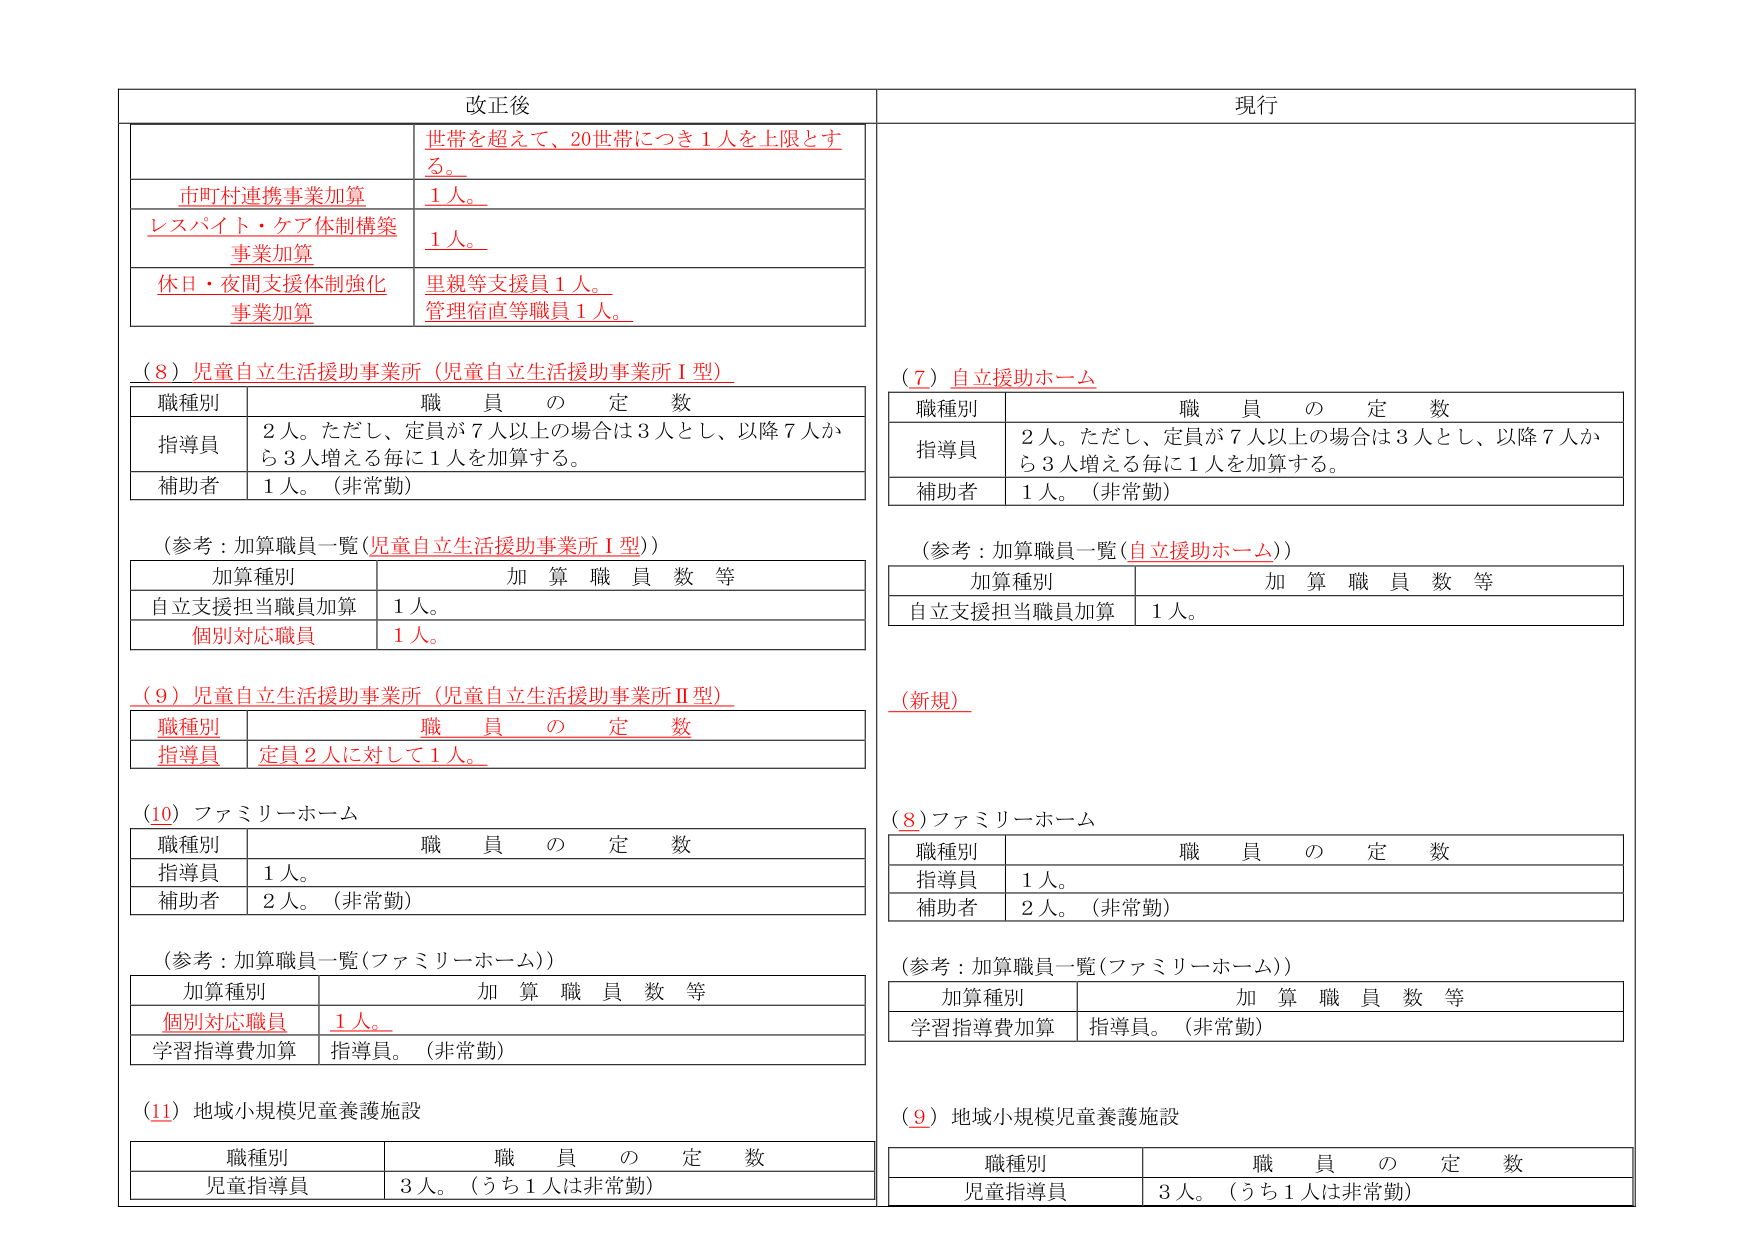
改正後
世帯を超えて、20世帯につき1人を上限とする。
市町村連携事業加算
1人。
レスパイト・ケア体制構築
事業加算
1人。
休日・夜間支援体制強化
事業加算
里親等支援員1人。
管理宿直等職員1人。
（8）児童自立生活援助事業所（児童自立生活援助事業所Ⅰ型）
職種別 職員の定数
指導員 2人。ただし、定員が7人以上の場合3人とし、以降7人から3人増える毎に1人を加算する。
補助者 1人。（非常勤）
（参考：加算職員一覧（児童自立生活援助事業所Ⅰ型））
加算種別 加算職員数等
自立支援担当職員加算 1人。
個別対応職員 1人。
（9）児童自立生活援助事業所（児童自立生活援助事業所Ⅱ型）
職種別 職員の定数
指導員 定員2人に対して1人。
（10）ファミリーホーム
職種別 職員の定数
指導員 1人。
補助者 2人。（非常勤）
（参考：加算職員一覧（ファミリーホーム））
加算種別 加算職員数等
個別対応職員 1人。
学習指導費加算 指導員。（非常勤）
（11）地域小規模児童養護施設
職種別 職員の定数
児童指導員 3人。（うち1人は非常勤）
現行
（7）自立援助ホーム
職種別 職員の定数
指導員 2人。ただし、定員が7人以上の場合3人とし、以降7人から3人増える毎に1人を加算する。
補助者 1人。（非常勤）
（参考：加算職員一覧（自立援助ホーム））
加算種別 加算職員数等
自立支援担当職員加算 1人。
（新規）
（8）ファミリーホーム
職種別 職員の定数
指導員 1人。
補助者 2人。（非常勤）
（参考：加算職員一覧（ファミリーホーム））
加算種別 加算職員数等
学習指導費加算 指導員。（非常勤）
（9）地域小規模児童養護施設
職種別 職員の定数
児童指導員 3人。（うち1人は非常勤）